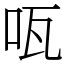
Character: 咓